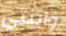
وابنتي